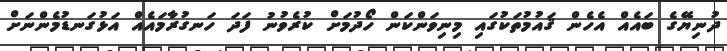
ދުނިޔޭގެ ބައެއް އެހެން ޤައުމުތަކުގައި މިނިވަންކަން ހޯދުމަށް ކުރެވުނު ފަދަ ހަނގުރާމައެއް އަޅުގަނޑުމެންނަށް